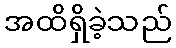
အထိရှိခဲ့သည်